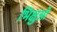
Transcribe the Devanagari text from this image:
भिक्षुओ